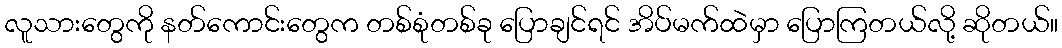
လူသားတွေကို နတ်ကောင်းတွေက တစ်စုံတစ်ခု ပြောချင်ရင် အိပ်မက်ထဲမှာ ပြောကြတယ်လို့ ဆိုတယ်။